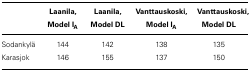
<table><thead><tr><td></td><td><b>Laanila, Model IA</b></td><td><b>Laanila, Model DL</b></td><td><b>Vanttauskoski, Model IA</b></td><td><b>Vanttauskoski, Model DL</b></td></tr></thead><tbody><tr><td>Sodankylã</td><td>144</td><td>142</td><td>138</td><td>135</td></tr><tr><td>Karasjok</td><td>146</td><td>155</td><td>137</td><td>150</td></tr></tbody></table>